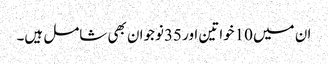
ان میں 10خواتین اور 35نوجوان بھی شامل ہیں۔